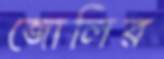
জোলির